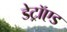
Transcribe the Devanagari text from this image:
डेट्रॉएड